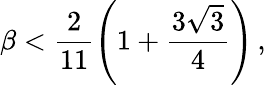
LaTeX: \beta<\frac{2}{11}\left(1+\frac{3\sqrt{3}}{4}\right)\, ,